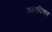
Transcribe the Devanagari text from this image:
रक्तपिक्त